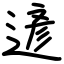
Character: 遃